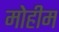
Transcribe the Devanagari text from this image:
मोेहीम